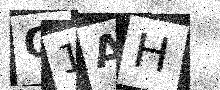
Text: O1AH